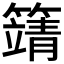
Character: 𥴰